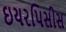
ઇયરપિસીસ